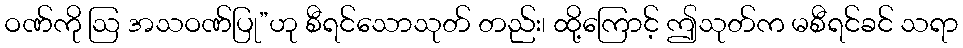
ဝဏ်ကို ဩ အသဝဏ်ပြု”ဟု စီရင်သောသုတ် တည်း၊ ထို့ကြောင့် ဤသုတ်က မစီရင်ခင် သရာ